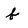
Character: f